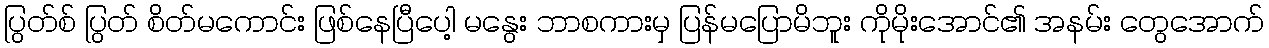
ပြွတ်စ် ပြွတ် စိတ်မကောင်း ဖြစ်နေပြီပေါ့ မနွေး ဘာစကားမှ ပြန်မပြောမိဘူး ကိုမိုးအောင်၏ အနမ်း တွေအောက်